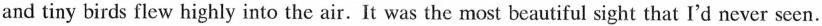
and tiny birds flew highly into the air.It was the most beautiful sight that I'd never seen.